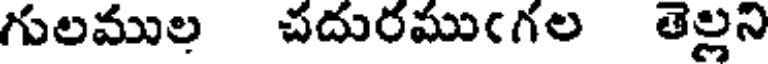
గులముల చదురముఁగల తెల్లని